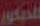
للديكور